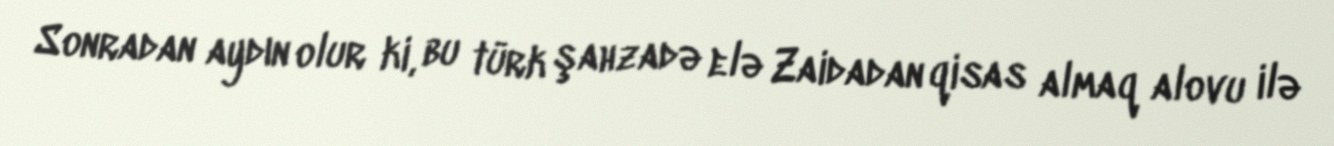
Sonradan aydın olur ki, bu türk şahzadə elə Zaidadan qisas almaq alovu ilə